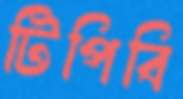
টিপিবি